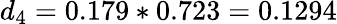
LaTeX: d_{4}=0.179*0.723=0.1294